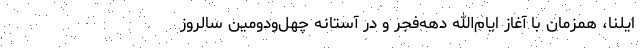
ایلنا، همزمان با آغاز ایام‌الله دهه‌فجر و در آستانه چهل‌ودومین سالروز